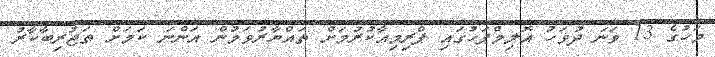
މަހުގެ 13 ވަނަ ދުވަހު އޮލިމްޕަހުގައި ޕްރިމިއާކުރުމަށް ތައްޔާރުވަމުން އަންނަ ކަމަށް ތަޖުރިބާކާރު